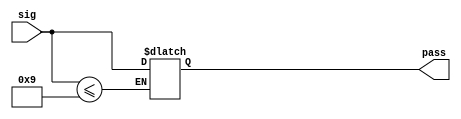
module Low_pass_filter
(
input [7:0] sig,
output reg [7:0] pass
);

always @ *
	begin
		if (sig<=8'b00001001)
			pass <= sig;
	end
endmodule